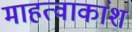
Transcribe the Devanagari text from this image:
माहत्वाकांश